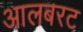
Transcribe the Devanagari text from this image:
आलबरट